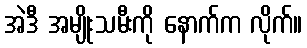
အဲဒီ အမျိုးသမီးကို နောက်က လိုက်။